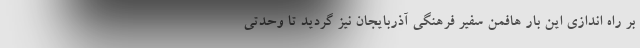
بر راه اندازی این بار هافمن سفیر فرهنگی آذربایجان نیز گردید تا وحدتی